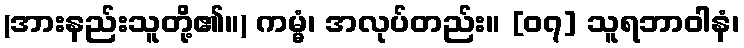
(အားနည်းသူတို့၏။) ကမ္မံ၊ အလုပ်တည်း။ [၀၇] သူရဘာဝါနံ၊